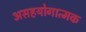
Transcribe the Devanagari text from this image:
असहयोगात्मक